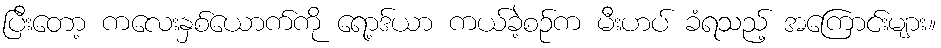
ပြီးတော့ ကလေးနှစ်ယောက်ကို ရော့ဒ်ယာ ကယ်ခဲ့စဉ်က မီးဟပ် ခံရသည့် အကြောင်းများ။